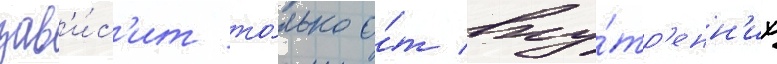
зав'и́с'ит то́лько о́т вну́тр'енн'их